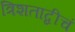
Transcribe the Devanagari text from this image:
त्रिशताब्दीचं